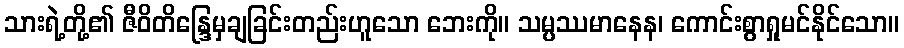
သားရဲ့တို့၏ ဇီဝိတိန္ဒြေမှချခြင်းတည်းဟူသော ဘေးကို။ သမ္ပဿမာနေန၊ ကောင်းစွာရှုမင်နိုင်သော။